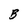
Character: B